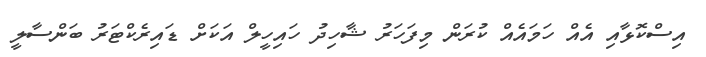
އިސްކޮޅާއި އެއް ހަމައެއް ކުރަން މިފަހަރު ޝާހިދު ހައިހީލް އަކަށް ޑައިރެކްޓަރު ބަންސާލީ